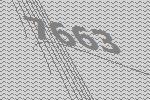
7663